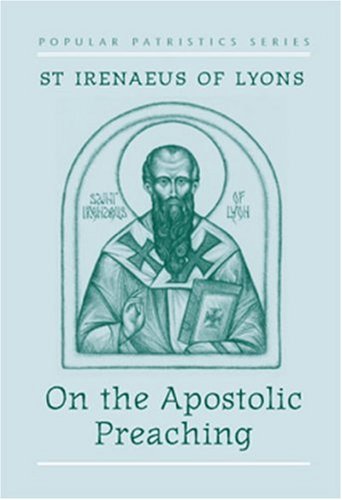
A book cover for On the Apostolic Preaching; Irenaeus  Saint Bishop of Lyon; Christian Books & Bibles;